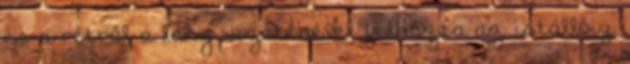
és a rétről a lány vezetésével felhozta az istállóig.